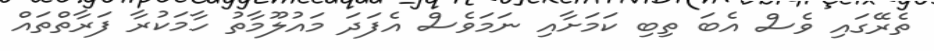
ތެރޭގައި ވެސް އެބަ ތިބި ކަމަށާއި ނަމަވެސް އެފަދަ މައުލޫމާތު ހާމަކުރާ ފަރާތްތައް